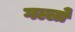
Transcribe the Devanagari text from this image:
गल्लो